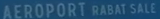
AEROPORT RABAT SALE